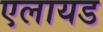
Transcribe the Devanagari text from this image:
एलायड